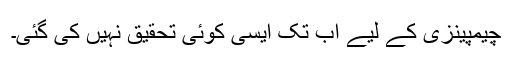
چیمپینزی کے لیے اب تک ایسی کوئی تحقیق نہیں کی گئی۔